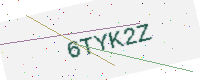
Text: 6TYK2Z